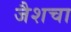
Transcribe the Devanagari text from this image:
जैशचा